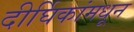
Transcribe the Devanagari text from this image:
दीर्घिकांमधून